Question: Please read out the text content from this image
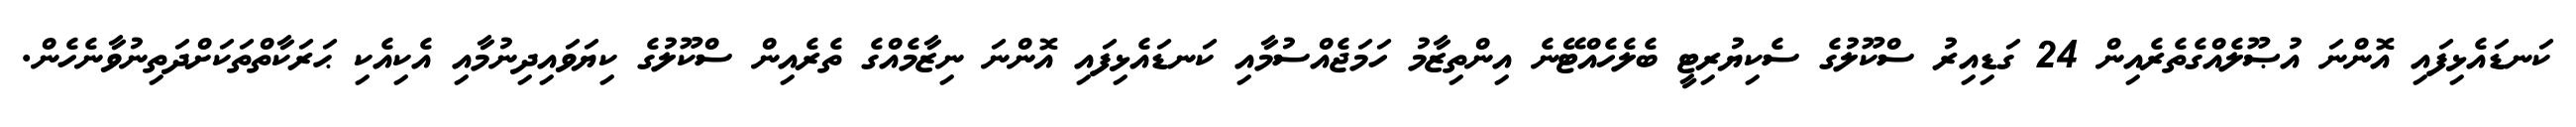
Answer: ކަނޑައެޅިފައި އޮންނަ އުޞޫލެއްގެތެރެއިން 24 ގަޑިއިރު ސްކޫލުގެ ސެކިޔުރިޓީ ބެލެހެއްޓޭނެ އިންތިޒާމު ހަމަޖެއްސުމާއި ކަނޑައެޅިފައި އޮންނަ ނިޒާމެއްގެ ތެރެއިން ސްކޫލުގެ ކިޔަވައިދިނުމާއި އެކިއެކި ޙަރަކާތްތަކަށްދަތިނުވާނެހެން.